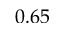
0 . 6 5